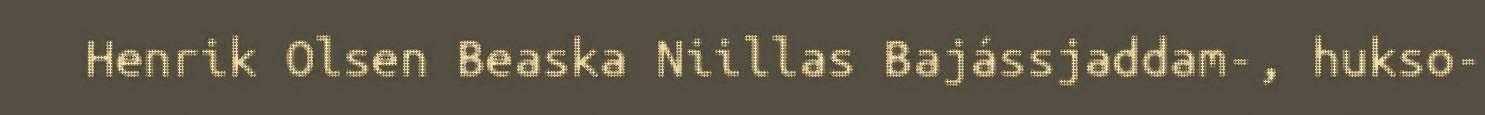
Henrik Olsen Beaska Niillas Bajássjaddam-, hukso-